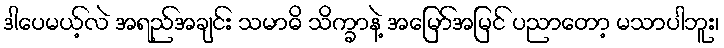
ဒါပေမယ့်လဲ အရည်အချင်း သမာဓိ သိက္ခာနဲ့ အမြော်အမြင် ပညာတော့ မသာပါဘူး၊